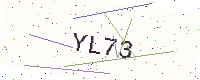
Text: YL73